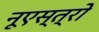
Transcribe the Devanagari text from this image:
नूएस्त्रो